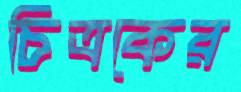
চিত্রকের